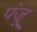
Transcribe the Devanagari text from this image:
पंजू